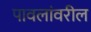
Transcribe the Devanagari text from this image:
पावलांवरील